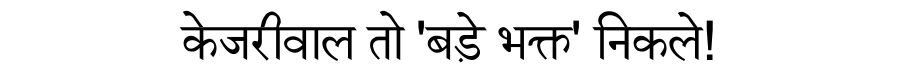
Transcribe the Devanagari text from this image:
केजरीवाल तो 'बड़े भक्त' निकले!